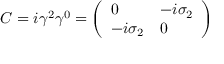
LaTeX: C = i \gamma ^ { 2 } \gamma ^ { 0 } = { \left( \begin{array} { l l } { 0 } & { - i \sigma _ { 2 } } \\ { - i \sigma _ { 2 } } & { 0 } \end{array} \right) }